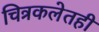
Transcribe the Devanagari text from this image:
चित्रकलेतही